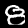
Label: 8